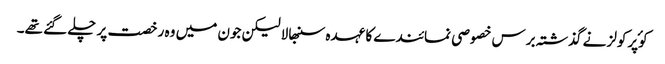
کوٴپرکولز نے گذشتہ برس خصوصی نمائندے کا عہدہ سنبھالا لیکن جون میں وہ رخصت پر چلے گئے تھے۔